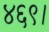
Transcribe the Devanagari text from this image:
४६९।